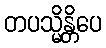
တပသ္မိန္တိပေ